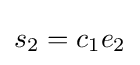
s_{2}=c_{1}e_{2}